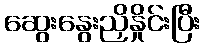
ဆွေးနွေးညှိနှိုင်းပြီး